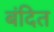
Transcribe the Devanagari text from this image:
बंदित